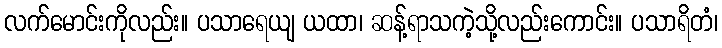
လက်မောင်းကိုလည်း။ ပသာရေယျ ယထာ၊ ဆန့်ရာသကဲ့သို့လည်းကောင်း။ ပသာရိတံ၊